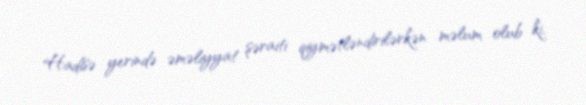
Hadisə yerində əməliyyat şəraiti qiymətləndirilərkən məlum olub ki,